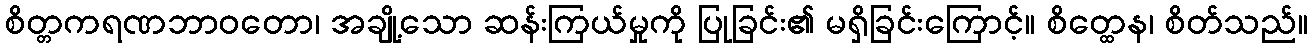
စိတ္တကရဏဘာဝတော၊ အချို့သော ဆန်းကြယ်မှုကို ပြုခြင်း၏ မရှိခြင်းကြောင့်။ စိတ္ထေန၊ စိတ်သည်။